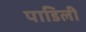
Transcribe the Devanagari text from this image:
पाडिली